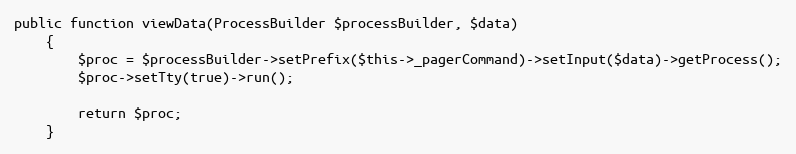
Language: PHP
public function viewData(ProcessBuilder $processBuilder, $data)
    {
        $proc = $processBuilder->setPrefix($this->_pagerCommand)->setInput($data)->getProcess();
        $proc->setTty(true)->run();

        return $proc;
    }